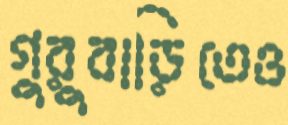
গুরুবাড়িতেও